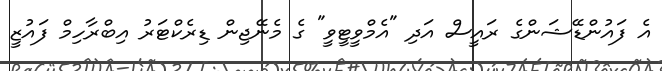
އެ ފައުންޑޭޝަންގެ ރައީސް އަދި "އެމްވީޓީވީ" ގެ މެނޭޖިން ޑިރެކްޓަރު އިބްރާހިމް ފައުޒީ